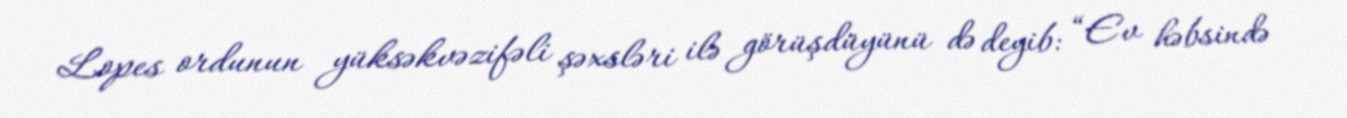
Lopes ordunun yüksəkvəzifəli şəxsləri ilə görüşdüyünü də deyib: “Ev həbsində